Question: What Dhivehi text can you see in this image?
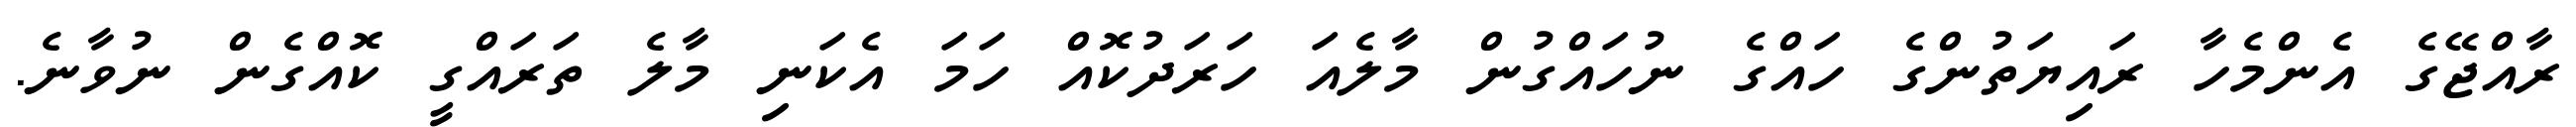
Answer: ރާއްޖޭގެ އެންމެހާ ރައިޔަތުންގެ ހައްގެ ނުހައްގުން މާލެއަ ހަރަދުކޮއް ހަމަ އެކަނި މާލެ ތަރައްގީ ކޮއްގެން ނުވާނެ.